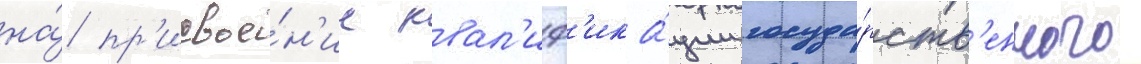
на́ пр'исвое́н'ие квал'иф'ика́ции госуда́рств'енного